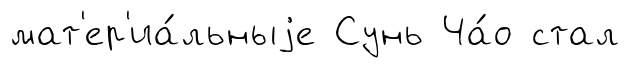
мат'ер'иа́льныjе Сунь Ча́о стал